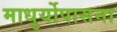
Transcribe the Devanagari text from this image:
माधुर्योपासना